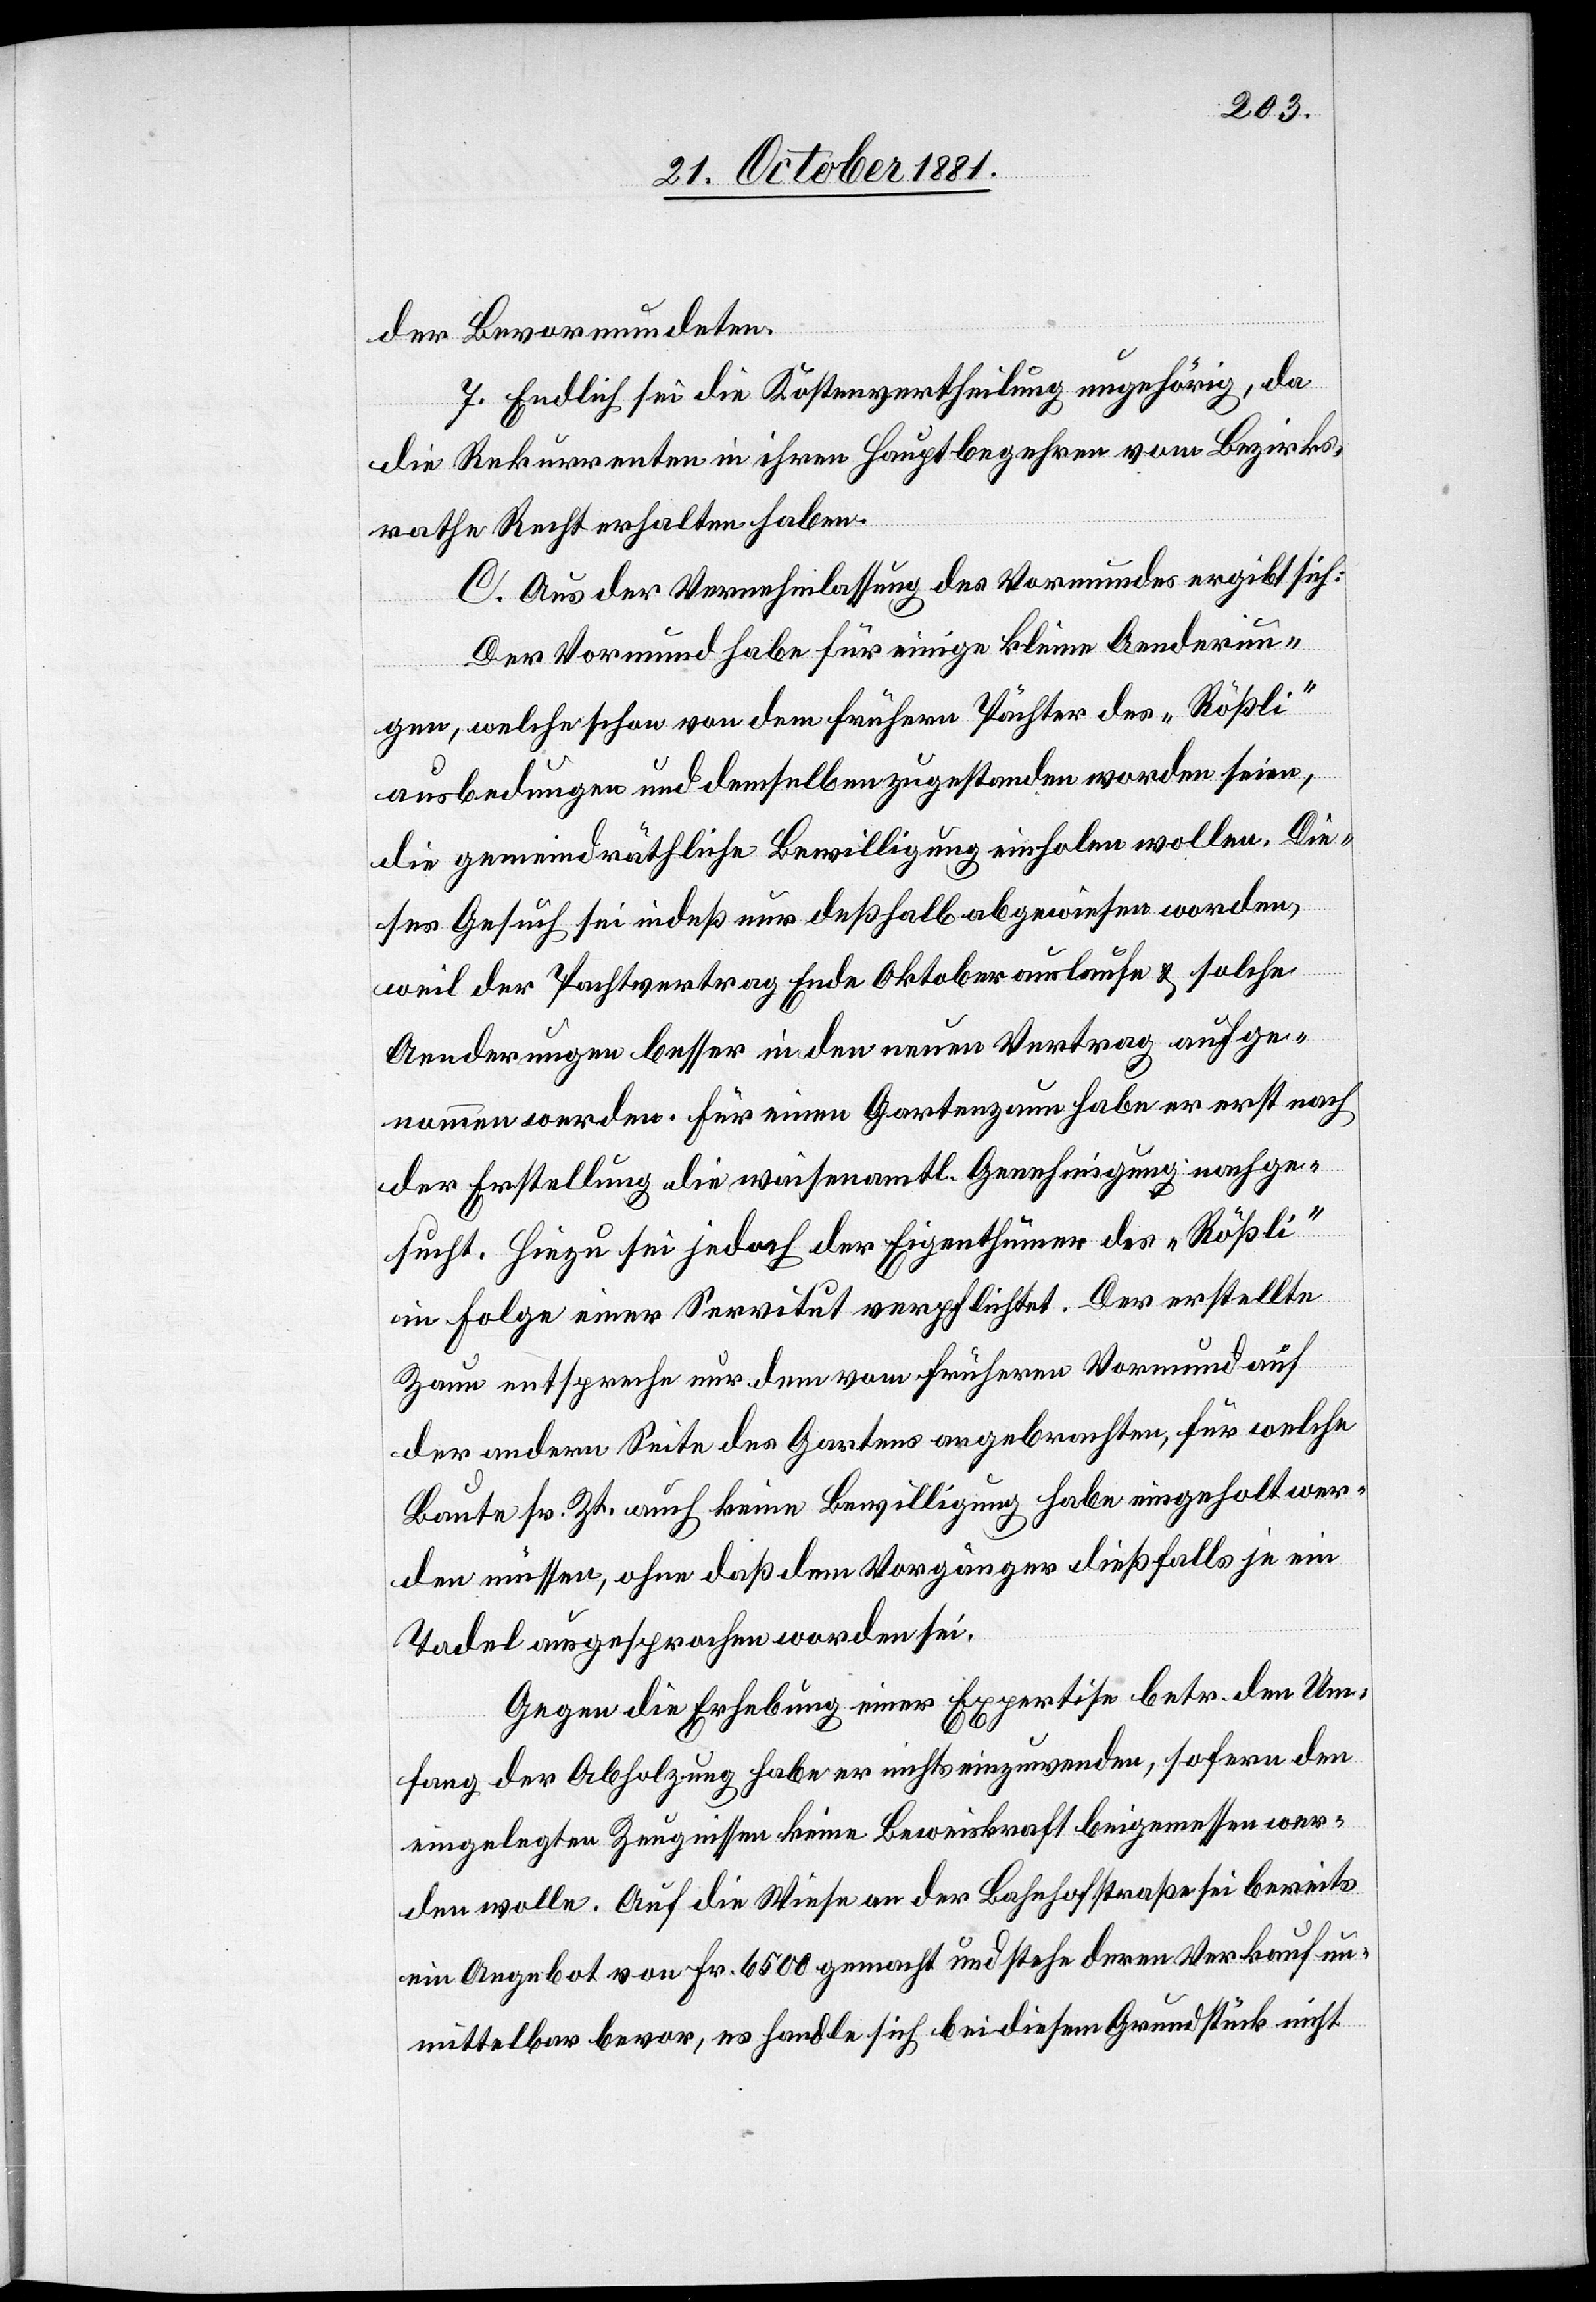
der Bevormundeten.
7. Endlich sei die Kostenvertheilung ungehörig, da
die Rekurrenten in ihren Hauptbegehren vom Bezirks¬
rathe Recht erhalten haben.
C. Aus der Vernehmlassung des Vormundes ergibt sich:
Der Vormund habe für einige kleine Aenderun¬
gen, welche schon von dem frühern Pächter des „Rößli“
ausbedungen und demselben zugestanden worden seien,
die gemeindräthliche Bewilligung einholen wollen. Die¬
ses Gesuch sei indeß nur deshalb abgewiesen worden,
weil der Pachtvertrag Ende Oktober auslaufe & solche
Aenderungen besser in den neuen Vertrag aufge¬
nommen werden. Für einen Gartenzaun habe er erst nach
der Erstellung die waisenamtl. Genehmigung nachge¬
sucht. Hiezu sei jedoch der Eigenthümer des „Rößli“
in Folge einer Servitut verpflichtet. Der erstellte
Zaun entspreche nur dem vom früheren Vormund auf
der andern Seite des Gartens angebrachten, für welche
Baute sr. Zt. auch keine Bewilligung habe eingeholt wer¬
den müssen, ohne daß dem Vorgänger dießfalls je ein
Tadel ausgesprochen worden sei.
Gegen die Erhebung einer Expertise betr. dem Um¬
fang der Abholzung habe er nichts einzuwenden, sofern den
eingelegten Zeugnissen keine Beweiskraft beigemessen wer¬
den wolle. Auf die Weise an der Bahnhofstraße sei bereits
ein Angebot von Fr. 6500 gemacht und stehe deren Verkauf un¬
mittelbar bevor, es handle sich bei diesem Grundstück nicht